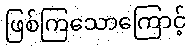
ဖြစ်ကြသောကြောင့်